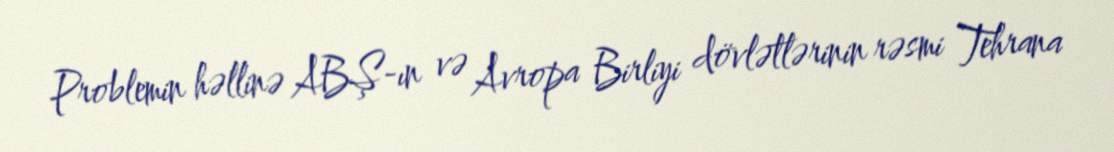
Problemin həllinə ABŞ-ın və Avropa Birliyi dövlətlərinin rəsmi Tehrana